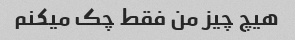
هیچ چیز من فقط چک میکنم